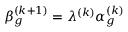
\beta _ { g } ^ { ( k + 1 ) } = \lambda ^ { ( k ) } \alpha _ { g } ^ { ( k ) }